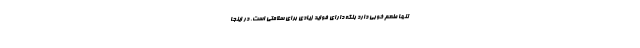
تنها طعم خوبی دارد بلکه دارای فواید زیادی برای سلامتی است. در اینجا